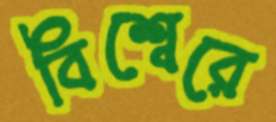
বিশ্বেরে